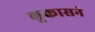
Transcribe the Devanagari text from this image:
लुकासने